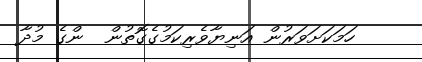
ހަމަކަށަވަރުން އަނިޔާވެރިކަމުގެގޮތުން  ންގެ މުދާ